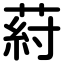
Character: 葤